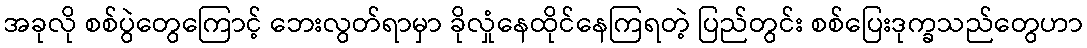
အခုလို စစ်ပွဲတွေကြောင့် ဘေးလွတ်ရာမှာ ခိုလှုံနေထိုင်နေကြရတဲ့ ပြည်တွင်း စစ်ပြေးဒုက္ခသည်တွေဟာ